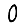
Digit: 0